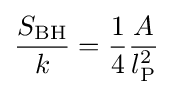
{\frac {S_{\text{BH}}}{k}}={\frac {1}{4}}{\frac {A}{l_{\text{P}}^{2}}}